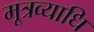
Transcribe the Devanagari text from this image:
मूत्रव्याधि